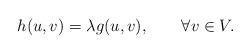
LaTeX: \begin{align*}h(u,v)=\lambda g(u,v),\qquad\forall v\in V.\end{align*}